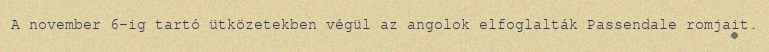
A november 6-ig tartó ütközetekben végül az angolok elfoglalták Passendale romjait.